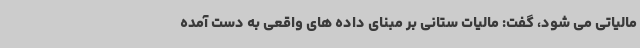
مالیاتی می شود، گفت: مالیات ستانی بر مبنای داده های واقعی به دست آمده